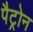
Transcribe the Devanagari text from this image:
पैट्रोन